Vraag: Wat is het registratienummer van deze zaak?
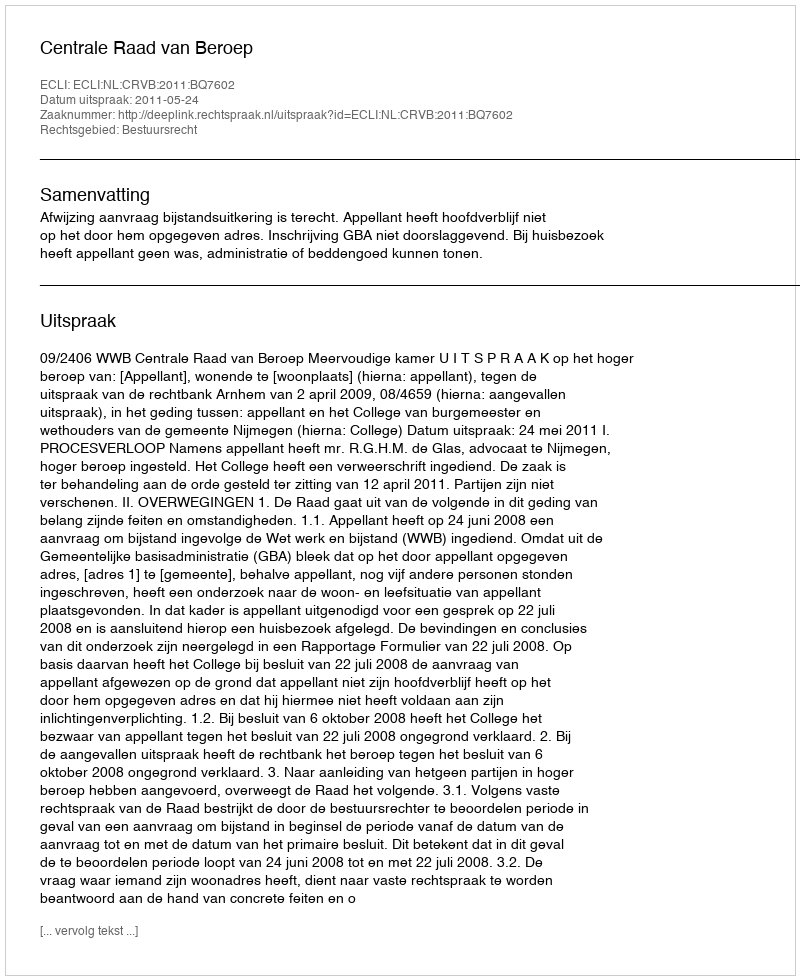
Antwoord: http://deeplink.rechtspraak.nl/uitspraak?id=ECLI:NL:CRVB:2011:BQ7602